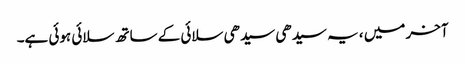
آخر میں ، یہ سیدھی سیدھی سلائی کے ساتھ سلائی ہوئی ہے۔